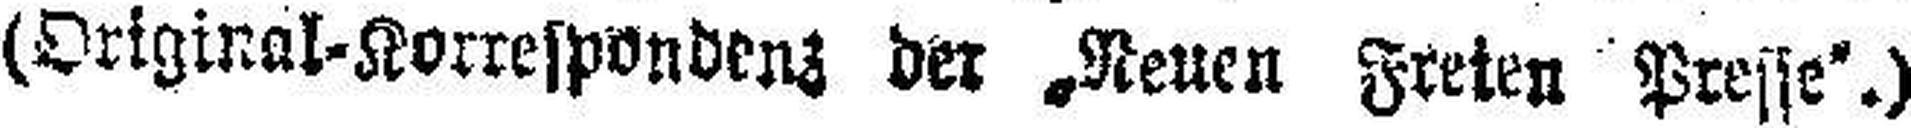
(Origrnal-Korresponbenz der „Neuen Freten Presse“.)